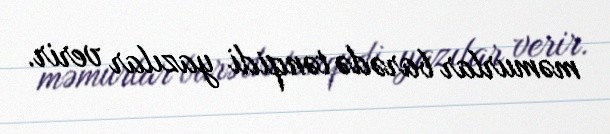
məmurlar barədə tənqidi yazılar verir.